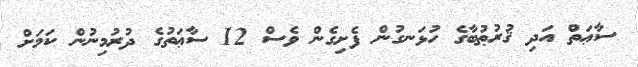
ސާޢަތް އަދި ޤުރުޠުބާގެ ހުޅަނގުން ފެށިގެން ވެސް 12 ސާޢަތުގެ ދުރުމިނުން ކަމަށް